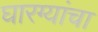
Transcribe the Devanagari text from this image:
घारग्यांचा